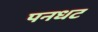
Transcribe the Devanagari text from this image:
पनधट